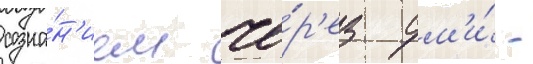
созна́н'ием че́р'ез см'и́ -